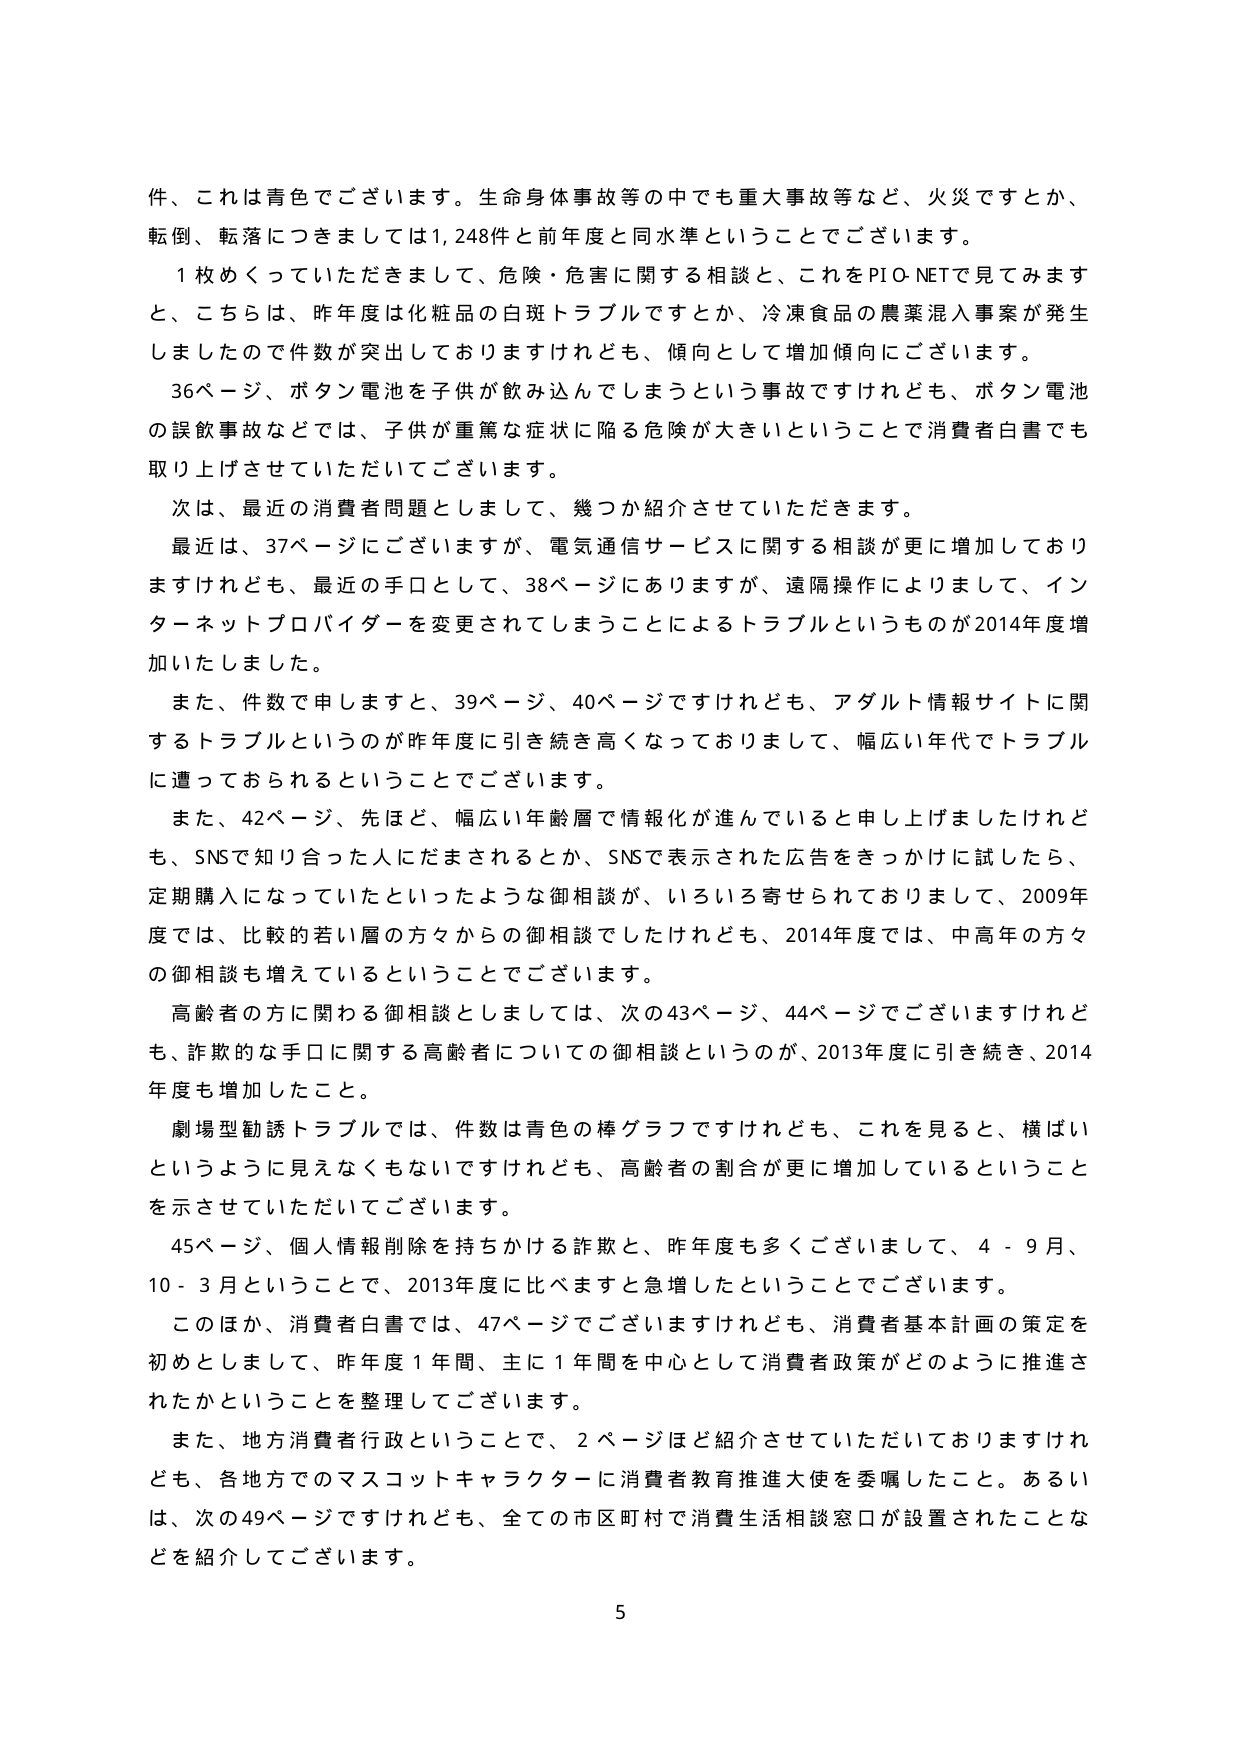
件、これは青色でございます。生命身体事故等の中でも重大事故等など、火災ですとか、
転倒、転落につきましては1,248件と前年度と同水準ということでございます。
1枚めくっていただきまして、危険・危害に関する相談と、これをPIO-NETで見てみます
と、こちらは、昨年度は化粧品の白斑トラブルですとか、冷凍食品の農薬混入事案が発生
しましたので件数が突出しておりますけれども、傾向として増加傾向にございます。
36ページ、ボタン電池を子供が飲み込んでしまうという事故ですけれども、ボタン電池
の誤飲事故などでは、子供が重篤な症状に陥る危険が大きいということで消費者白書でも
取り上げさせていただいてございます。
次は、最近の消費者問題としまして、幾つか紹介させていただきます。
最近は、37ページにございますが、電気通信サービスに関する相談が更に増加しており
ますけれども、最近の手口として、38ページにありますが、遠隔操作によりまして、イン
ターネットプロバイダーを変更されてしまうことによるトラブルというものが2014年度増
加いたしました。
また、件数で申しますと、39ページ、40ページですけれども、アダルト情報サイトに関
するトラブルというのが昨年度に引き続き高くなっておりまして、幅広い年代でトラブル
に遭っておられるということでございます。
また、42ページ、先ほど、幅広い年齢層で情報化が進んでいると申し上げましたけれど
も、SNSで知り合った人にだまされるとか、SNSで表示された広告をきっかけに試したら、
定期購入になっていたといったような御相談が、いろいろ寄せられておりまして、2009年
度では、比較的若い層の方々からの御相談でしたけれども、2014年度では、中高年の方々
の御相談も増えているということでございます。
高齢者の方に関わる御相談としましては、次の43ページ、44ページでございますけれど
も、詐欺的な手口に関する高齢者についての御相談というのが、2013年度に引き続き、2014
年度も増加したこと。
劇場型勧誘トラブルでは、件数は青色の棒グラフですけれども、これを見ると、横ばい
というように見えなくもないですけれども、高齢者の割合が更に増加しているということ
を示させていただいてございます。
45ページ、個人情報削除を持ちかける詐欺と、昨年度も多くございまして、4 - 9月、
10 - 3月ということで、2013年度に比べますと急増したということでございます。
このほか、消費者白書では、47ページでございますけれども、消費者基本計画の策定を
初めとしまして、昨年度1年間、主に1年間を中心として消費者政策がどのように推進さ
れたかということを整理してございます。
また、地方消費者行政ということで、2ページほど紹介させていただいておりますけれ
ども、各地方でのマスコットキャラクターに消費者教育推進大使を委嘱したこと。あるい
は、次の49ページですけれども、全ての市区町村で消費生活相談窓口が設置されたことな
どを紹介してございます。
5